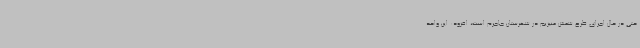
حتی در حال اجرای طرح شمش منیزیم در شهرستان جاجرم است، افزود: این واحد